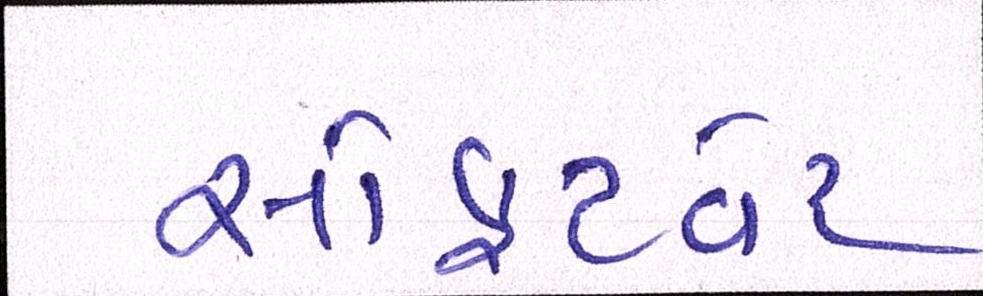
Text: સોફટવેર